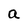
Character: a